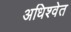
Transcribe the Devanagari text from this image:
अधिश्वेत